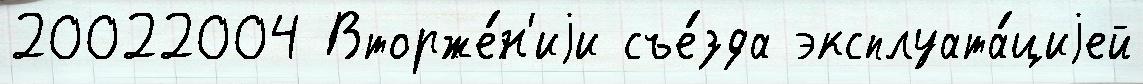
20022004 Вторже́н'иjи съе́зда эксплуата́циjей